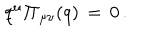
LaTeX: q ^ { \mu } { { \bf \Pi } _ { \mu \nu } } ( q ) \, = \, 0 \, .